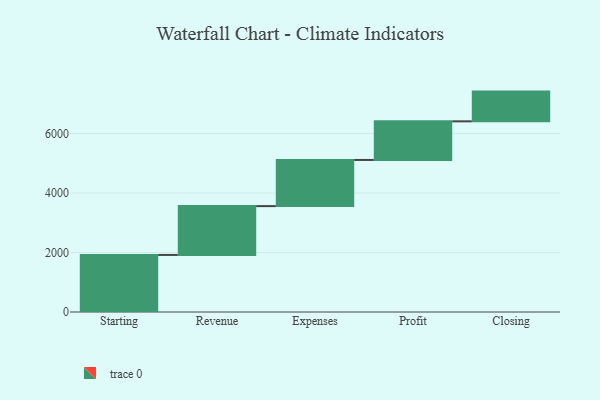
{"axis": {"x": "Step", "y": "Value"}, "legend": [""], "data": [{"x": "Starting", "y": 1919.0, "type": ""}, {"x": "Revenue", "y": 1642.0, "type": ""}, {"x": "Expenses", "y": 1552.0, "type": ""}, {"x": "Profit", "y": 1299.0, "type": ""}, {"x": "Closing", "y": 1000, "type": ""}]}